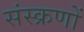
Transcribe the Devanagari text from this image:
संस्क्रणों